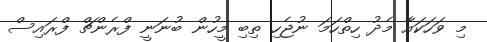
މި ވަހަކައާ މެދު ހިތްހަމަ ނުޖެހި ތިބި މީހުން ބުނަނީ ފްރެންޗް ފްރައިސް